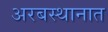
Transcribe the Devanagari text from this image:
अरबस्थानात